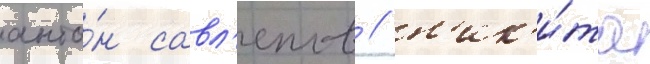
анто́н савл'епов / н'ик'и́та